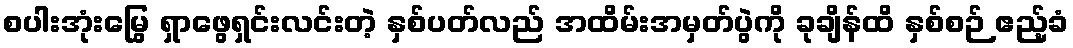
စပါးအုံးမြွေ ရှာဖွေရှင်းလင်းတဲ့ နှစ်ပတ်လည် အထိမ်းအမှတ်ပွဲကို ခုချိန်ထိ နှစ်စဉ် ဧည့်ခံ